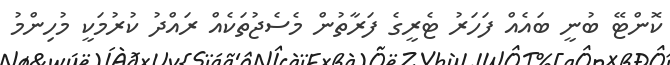
ކޮންޓޭ ބުނީ ބައެއް ފަހަރު ޓެރީގެ ފަރާތުން މެސެޖުތަކެއް ރައްދު ކުރުމަކީ މުހިންމު